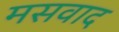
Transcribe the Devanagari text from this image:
मसवाद